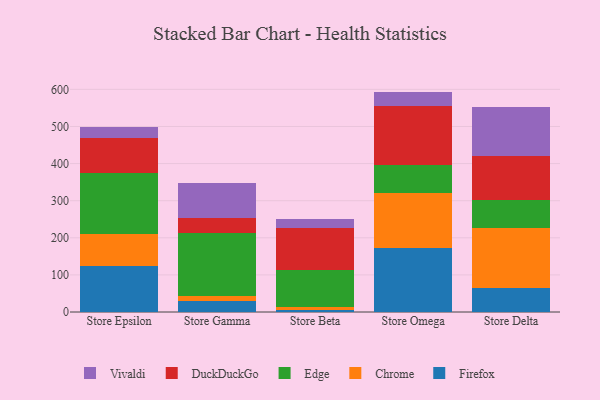
{"axis": {"x": "Store", "y": "Waste Production (Tons)"}, "legend": ["Chrome", "DuckDuckGo", "Edge", "Firefox", "Vivaldi"], "data": [{"x": "Store Epsilon", "y": 123.1, "type": "Firefox"}, {"x": "Store Epsilon", "y": 88.0, "type": "Chrome"}, {"x": "Store Epsilon", "y": 164.1, "type": "Edge"}, {"x": "Store Epsilon", "y": 94.3, "type": "DuckDuckGo"}, {"x": "Store Epsilon", "y": 27.9, "type": "Vivaldi"}, {"x": "Store Gamma", "y": 29.2, "type": "Firefox"}, {"x": "Store Gamma", "y": 13.2, "type": "Chrome"}, {"x": "Store Gamma", "y": 169.6, "type": "Edge"}, {"x": "Store Gamma", "y": 41.5, "type": "DuckDuckGo"}, {"x": "Store Gamma", "y": 93.4, "type": "Vivaldi"}, {"x": "Store Beta", "y": 6.3, "type": "Firefox"}, {"x": "Store Beta", "y": 8.2, "type": "Chrome"}, {"x": "Store Beta", "y": 97.5, "type": "Edge"}, {"x": "Store Beta", "y": 114.7, "type": "DuckDuckGo"}, {"x": "Store Beta", "y": 22.7, "type": "Vivaldi"}, {"x": "Store Omega", "y": 172.5, "type": "Firefox"}, {"x": "Store Omega", "y": 149.3, "type": "Chrome"}, {"x": "Store Omega", "y": 74.5, "type": "Edge"}, {"x": "Store Omega", "y": 160.2, "type": "DuckDuckGo"}, {"x": "Store Omega", "y": 37.5, "type": "Vivaldi"}, {"x": "Store Delta", "y": 64.6, "type": "Firefox"}, {"x": "Store Delta", "y": 161.2, "type": "Chrome"}, {"x": "Store Delta", "y": 76.7, "type": "Edge"}, {"x": "Store Delta", "y": 118.3, "type": "DuckDuckGo"}, {"x": "Store Delta", "y": 133.0, "type": "Vivaldi"}]}